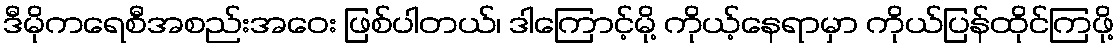
ဒီမိုကရေစီအစည်းအဝေး ဖြစ်ပါတယ်၊ ဒါကြောင့်မို့ ကိုယ့်နေရာမှာ ကိုယ်ပြန်ထိုင်ကြဖို့